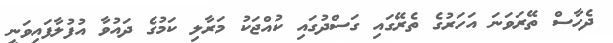
ދެހާސް ތޭރަވަނަ އަހަރުގެ ތެރޭގައި ގަސްދުގައި ކުއްޖަކު މަރާލި ކަމުގެ ދައުވާ އުފުލާފައިވަނީ